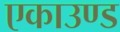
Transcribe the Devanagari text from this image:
एकाउण्ड